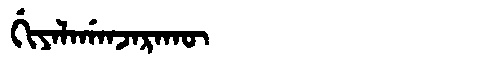
Manchu: ᡤᡳᠶᠠᠯᠠᡤᠠᠨᠵᠠᡵᠠᡴᡡ
Romanization: GIYALAGANJARAKŪ